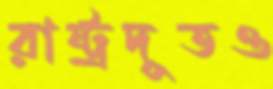
রাষ্ট্রদূতও